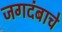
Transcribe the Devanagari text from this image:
जगदंबाचे